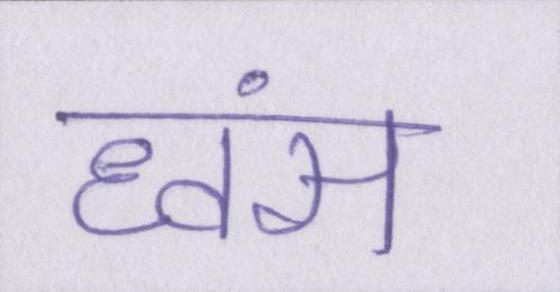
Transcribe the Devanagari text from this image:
ध्वंस